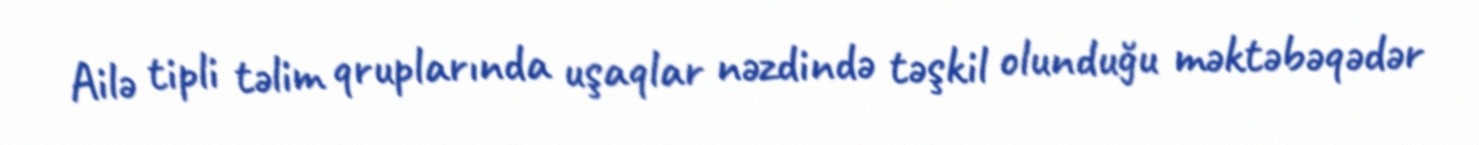
Ailə tipli təlim qruplarında uşaqlar nəzdində təşkil olunduğu məktəbəqədər